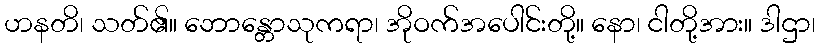
ဟနတိ၊ သတ်၏။ ဘောန္တောသုကရာ၊ အိုဝက်အပေါင်းတို့။ နော၊ ငါတို့အား။ ဒါဌာ၊